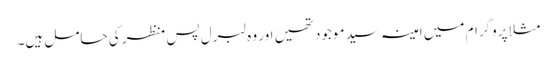
مثلا پروگرام میں امینہ سید موجود تھیں اور وہ لبرل پس منظر کی حامل ہیں۔